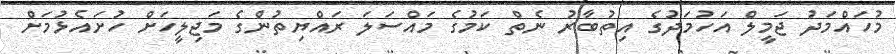
މުހައްމަދު ޖަމީލް އަހުމަދުގެ އިތުބާރު ނެތް ކަމުގެ މައްސަލަ ރައްޔިތުންގެ މަޖިލީހަށް ހުށައެޅުމަށް